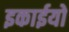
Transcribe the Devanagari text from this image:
इकाईयो